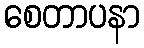
စေတာပနာ